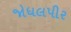
જોધલપીર